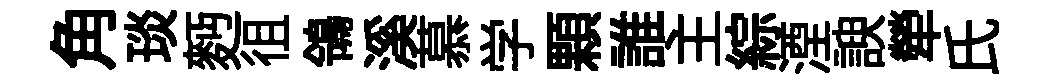
角琰麪徂鴒溪慕学顆誰主綜湮諛犖氏